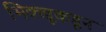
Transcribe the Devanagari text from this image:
भिक्खूकडून